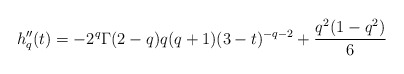
\begin{align*}h_q''(t) = -2^q\Gamma(2-q)q(q+1)(3-t)^{-q-2} + \frac{q^2(1-q^2)}{6}\end{align*}